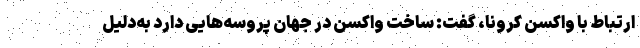
ارتباط با واکسن کرونا، گفت: ساخت واکسن در جهان پروسه‌هایی دارد به‌دلیل